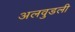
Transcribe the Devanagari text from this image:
अलवुडली